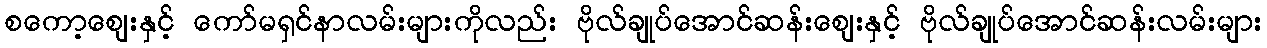
စကော့ဈေးနှင့် ကော်မရှင်နာလမ်းများကိုလည်း ဗိုလ်ချုပ်အောင်ဆန်းဈေးနှင့် ဗိုလ်ချုပ်အောင်ဆန်းလမ်းများ